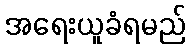
အရေးယူခံရမည်